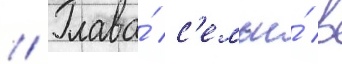
// Глава́ с'емьи́ в